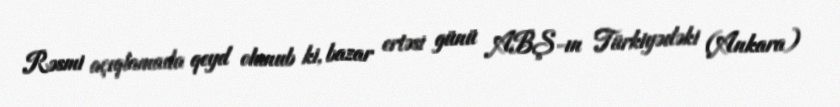
Rəsmi açıqlamada qeyd olunub ki, bazar ertəsi günü ABŞ-ın Türkiyədəki (Ankara)